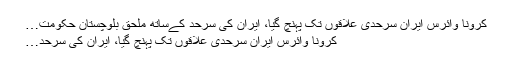
کرونا وائرس ایران سرحدی علاقوں تک پہنچ گیا، ایران کی سرحد کےساتھ ملحق بلوچستان حکومت…
کرونا وائرس ایران سرحدی علاقوں تک پہنچ گیا، ایران کی سرحد…